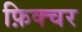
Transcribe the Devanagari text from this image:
फ़िक्चर